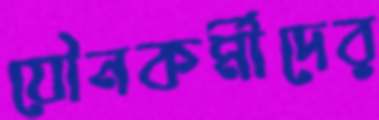
যৌনকর্মীদের